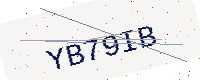
Text: YB79IB